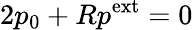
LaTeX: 2p_{0}+Rp^{\mathrm{ext}}=0